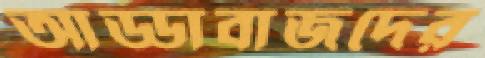
আড্ডাবাজদের